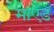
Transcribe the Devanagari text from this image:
माऍडॅ